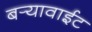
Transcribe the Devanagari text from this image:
बर्‍यावाईट